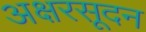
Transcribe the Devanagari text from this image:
अक्षरसूदन